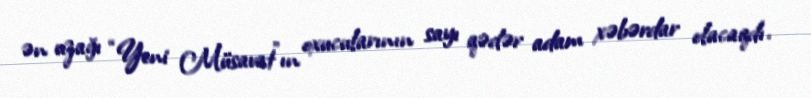
ən uzağı “Yeni Müsavat”ın oxucularının sayı qədər adam xəbərdar olacaqdı.